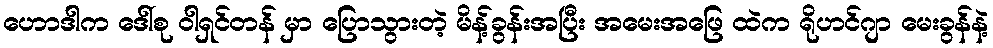
ဟောဒါက ဒေါ်စု ဝါရှင်တန် မှာ ပြောသွားတဲ့ မိန့်ခွန်းအပြီး အမေးအဖြေ ထဲက ရိုဟင်ဂျာ မေးခွန်နဲ့